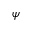
\psi